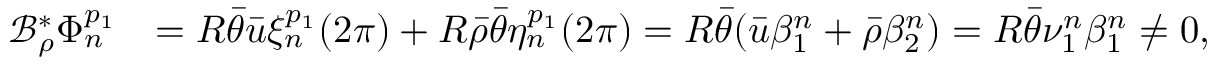
\begin{array} { r l } { \mathcal { B } _ { \rho } ^ { * } \Phi _ { n } ^ { p _ { 1 } } } & { = R \bar { \theta } \bar { u } \xi _ { n } ^ { p _ { 1 } } ( 2 \pi ) + R \bar { \rho } \bar { \theta } \eta _ { n } ^ { p _ { 1 } } ( 2 \pi ) = R \bar { \theta } ( \bar { u } \beta _ { 1 } ^ { n } + \bar { \rho } \beta _ { 2 } ^ { n } ) = R \bar { \theta } \nu _ { 1 } ^ { n } \beta _ { 1 } ^ { n } \neq 0 , } \end{array}